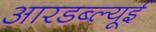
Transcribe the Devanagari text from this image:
आरडब्ल्यूई